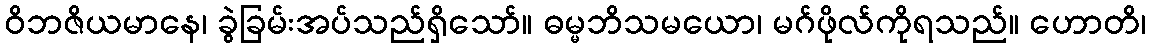
ဝိဘဇိယမာနေ၊ ခွဲခြမ်းအပ်သည်ရှိသော်။ ဓမ္မဘိသမယော၊ မဂ်ဖိုလ်ကိုရသည်။ ဟောတိ၊